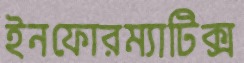
ইনফোরম্যাটিক্স